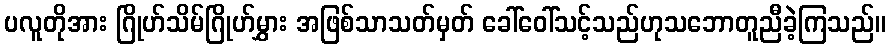
ပလူတိုအား ဂြိုဟ်သိမ်ဂြိုဟ်မွှား အဖြစ်သာသတ်မှတ် ခေါ်ဝေါ်သင့်သည်ဟုသဘောတူညီခဲ့ကြသည်။